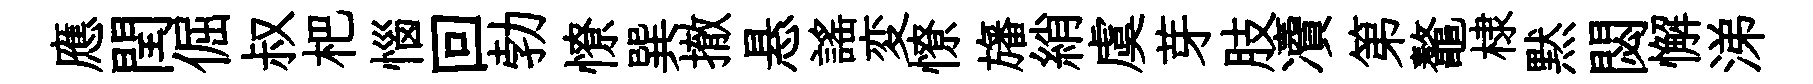
應閏倔叔杷惱回勃憭巽撤悬謡変憭旛綃虞芽肢凟第鼇棣黙閟懈涕